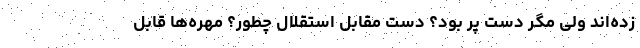
زده‌اند ولی مگر دست پُر بود؟ دست مقابل استقلال چطور؟ مهره‌ها قابل